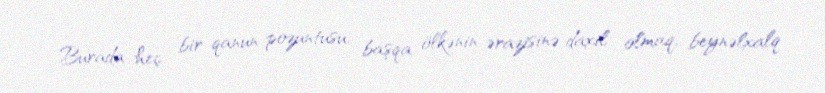
Burada heç bir qanun pozuntusu, başqa ölkənin ərazisinə daxil olmaq, beynəlxalq